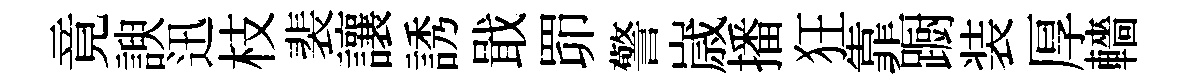
竟諛迅枝裴讓誘戢𦊑警𡻕播狂靠蹰装厚轖